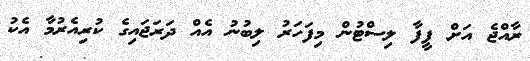
ރާއްޖެ އަށް ފީފާ ލިސްޓުން މިފަހަރު ލިބުނު އެއް ދަރަޖައިގެ ކުރިއެރުމާ އެކު